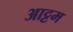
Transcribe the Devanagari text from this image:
आट्टम